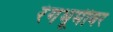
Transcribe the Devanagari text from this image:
रंंगभूमीवर